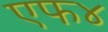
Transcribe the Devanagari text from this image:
एफ४